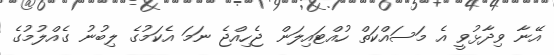
އޭނާ ވިދާޅުވީ އެ މަސައްކަތް ހުއްޓައިލަން ޖެހިއްޖެ ނަމަ އެކަމުގެ ލިބުނު ގެއްލުމުގެ